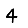
Digit: 4